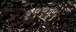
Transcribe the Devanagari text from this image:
१९९६५